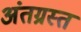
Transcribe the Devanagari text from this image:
अंतग्रस्त